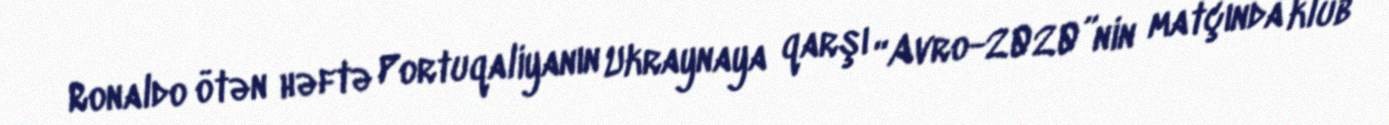
Ronaldo ötən həftə Portuqaliyanın Ukraynaya qarşı “Avro-2020”nin matçında klub